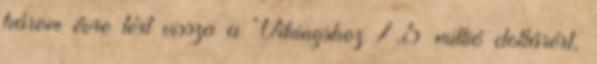
három évre tért vissza a Vikingshoz 7,5 millió dollárért,